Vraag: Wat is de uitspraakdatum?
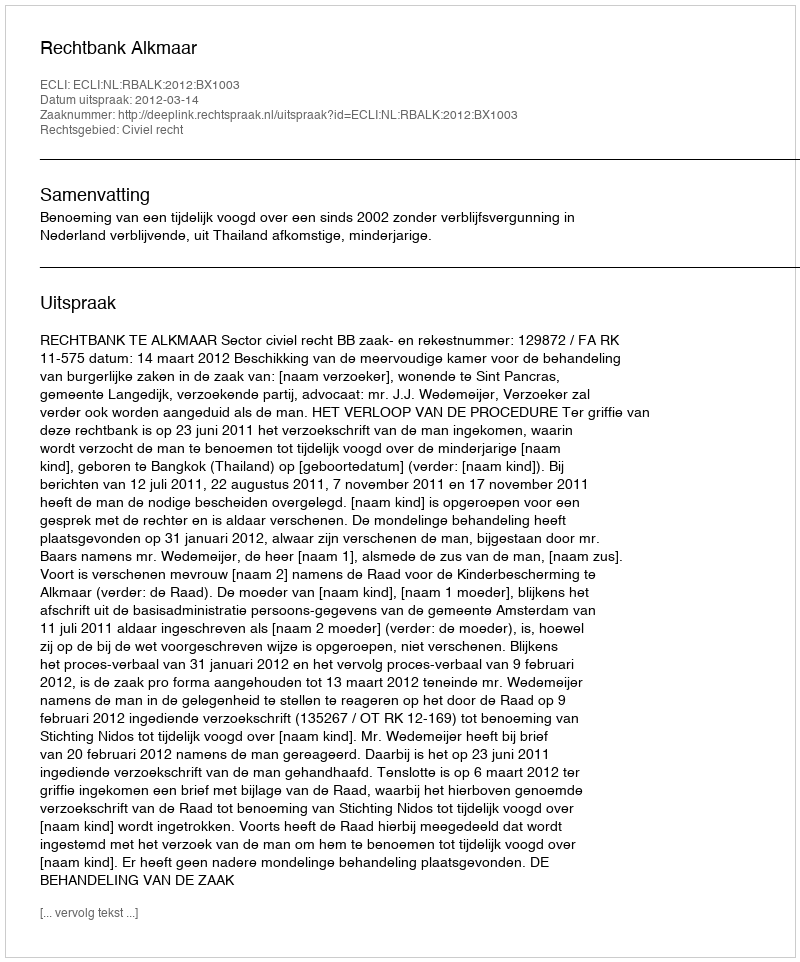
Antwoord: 2012-03-14